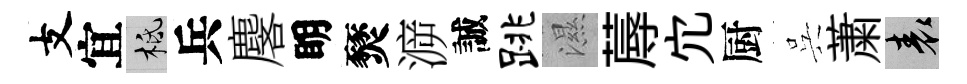
支宜柢兵麐眀燹㴑誠跳濕蓐宂厨呉䔥表